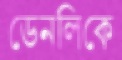
ডেনলিকে